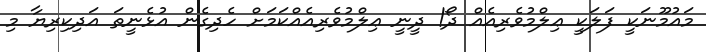
މައުމޫނަކީ ފަލަކީ ޢިލްމުވެރިއެއް ދޯ! ދީނީ ޢިލްމުވެރިއެއްކަމަށް ހެދިގެން އުޅެނީތަ އަދިކިރިޔާ މި